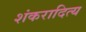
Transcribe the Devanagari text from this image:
शंकरादित्य